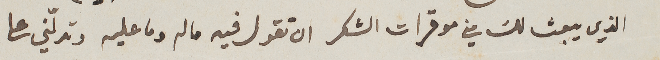
الذي يبعث لك من موقرات الشكر ان تقول فيه ما لم وما عليه وتدلّني على